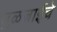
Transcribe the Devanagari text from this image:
तुळजाईचे